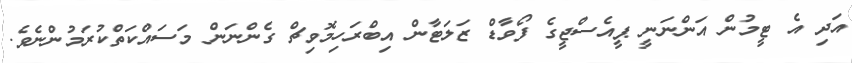
އަދި އެ ޓީމުން އަންނަނީ ޕީއެސްޖީގެ ފޯވާޑް ޒަލަޓާން އިބްރަހިމޮވިޗް ގެންނަން މަސައްކަތްކުރަމުންނެވެ.